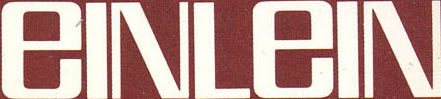
eLNLeIN